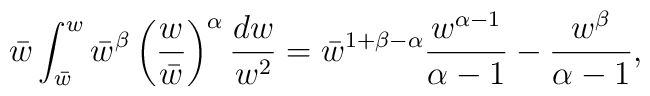
\bar w\int_{\bar w}^w  \bar w^\beta \left({w\over \bar w}\right)^\alpha{d w\over w^2}=\bar w^{1+\beta-\alpha}{w^{\alpha -1}\over \alpha-1}-{w^\beta\over \alpha-1},